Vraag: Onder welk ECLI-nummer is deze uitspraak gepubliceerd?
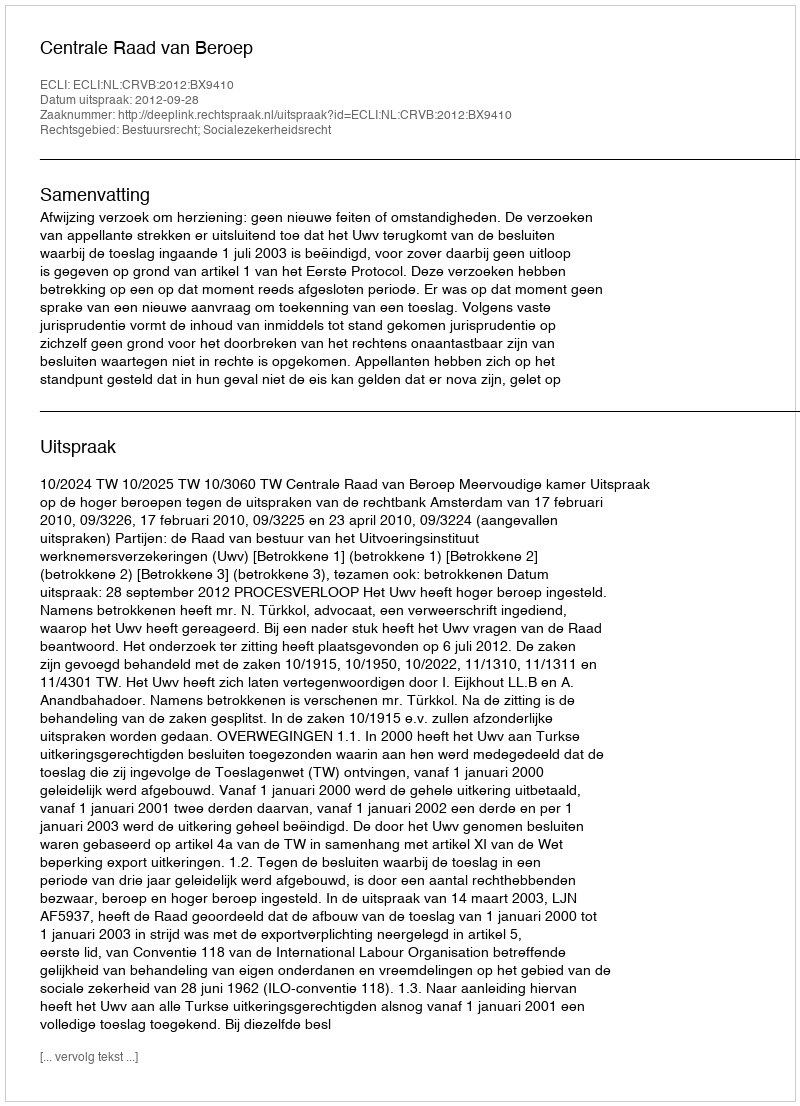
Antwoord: ECLI:NL:CRVB:2012:BX9410